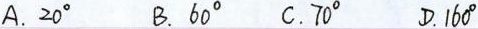
A.20° B.60° C.70° D.160°